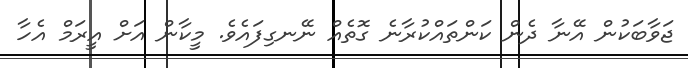
ޖަވާބަކުން އޭނާ ދެން ކަންތައްކުރާނެ ގޮތެއް ނޭނގިފައެވެ. މީކާން އަށް އީރަމް އެހާ